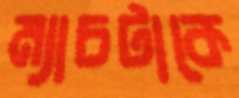
ম্যাচটাকে